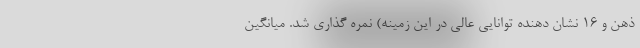
ذهن و ۱۶ نشان دهنده توانایی عالی در این زمینه) نمره گذاری شد. میانگین